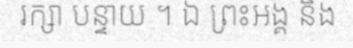
រក្សា បន្ទាយ ។ ឯ ព្រះអង្គ និង